Papers set at the Examination for Leaving Certificates, 1891
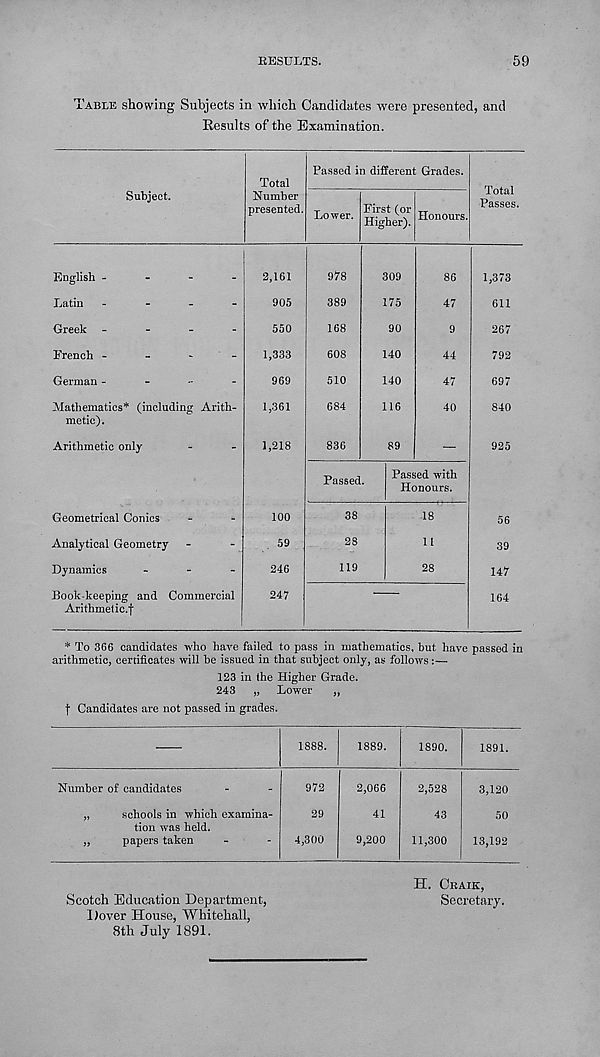
RESULTS.
59
"able showing Subjects in which Candidates were presented, and
Results of the Examination.
Subject.
Total
Number
presented.
Passed in different Grades.
Lower. First (or
Higher). Honours.
Total
Passes.
English -
-
-
-
Latin -
Greek -
-
-
-
French -
-
-
-
German -
-
-
-
Mathematics* (including Arith-
metic).
Arithmetic only
Geometrical Conics
Analytical Geometry
Dynamics
-
-
-
Book-keeping and Commercial
Arithmetic.f
2,161
905
550
1,333
969
1,361
1,218
100
59
246
247
978
389
168
608
510
684
836
309
175
90
140
140
116
89
86
47
9
44
47
40
Passed.
Passed with
Honours.
38
28
119
18
11
28
1,373
611
267
792
697
840
925
56
39
147
164
* To 366 candidates who have failed to pass in mathematics, hut have passed in
arithmetic, certificates will be issued in that subject only, as follows
123 in the Higher Grade.
243 „ Lower „
f Candidates are not passed in grades.
1888.
1889.
1890.
1891.
Number of candidates
schools in which examina-
tion was held,
papers taken
972
29
4,300
2,066
41
9,200
2,528
43
11,300
3,120
50
13,192
Scotch Education Department,
Dover House, Whitehall,
8th July 1891.
H. Craik,
Secretary.